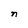
Character: n